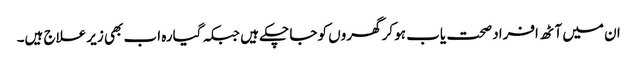
ان میں آٹھ افراد صحت یاب ہو کر گھروں کو جا چکے ہیں جبکہ گیارہ اب بھی زیر علاج ہیں۔